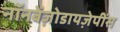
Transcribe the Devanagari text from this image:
नॉनबेंज़ोडायज़ेपींस